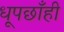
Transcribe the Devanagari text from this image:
धूपछाँही